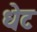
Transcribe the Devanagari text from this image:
धेट